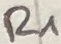
Text: R1